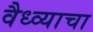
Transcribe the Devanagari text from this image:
वैध्व्याचा